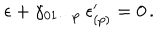
LaTeX: \epsilon + \gamma _ { 0 1 \cdots p } \ \epsilon _ { ( p ) } ^ { \prime } = 0 \, .